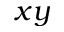
x y